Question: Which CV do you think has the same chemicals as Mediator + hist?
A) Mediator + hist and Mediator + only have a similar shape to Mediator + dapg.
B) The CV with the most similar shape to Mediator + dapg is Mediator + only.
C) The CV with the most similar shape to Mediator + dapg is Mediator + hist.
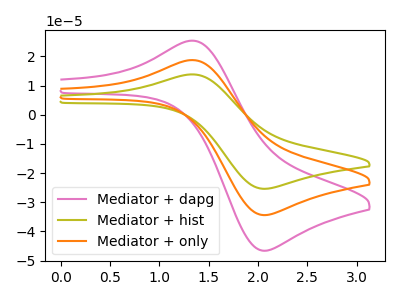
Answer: <think>The pink curve "Mediator + dapg" has an anodic peak at (1.35V, 25.30uA) and a cathodic peak at (2.05V, -46.60uA). The olive curve "Mediator + hist" has an anodic peak at (1.35V, 37.35uA) and a cathodic peak at (2.05V, -68.80uA). The orange curve "Mediator + only" has an anodic peak at (1.35V, 18.70uA) and a cathodic peak at (2.05V, -34.40uA).
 All the peaks in "Mediator + dapg" have a peak in "Mediator + hist" at the same potential. Every peak in "Mediator + dapg" is lower than every peak in "Mediator + hist". All the peaks in "Mediator + dapg" have a peak in "Mediator + only" at the same potential. Every peak in "Mediator + dapg" is higher than every peak in "Mediator + only". All the peaks in "Mediator + hist" have a peak in "Mediator + only" at the same potential. Every peak in "Mediator + hist" is higher than every peak in "Mediator + only".</think>
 <answer>A) "Mediator + hist" and "Mediator + only" have a similar shape to "Mediator + dapg".</answer>
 <eval>A</eval>